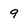
Character: 9